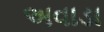
અવાડા